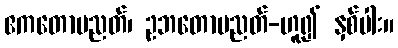
ဧကတောပညတ်၊ ဥဘတောပညတ်-ဟူ၍ နှစ်ပါး။